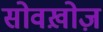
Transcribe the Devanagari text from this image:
सोवख़ोज़